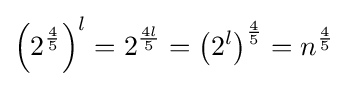
\left(2^{\frac {4}{5}}\right)^{l}=2^{\frac {4l}{5}}=\left(2^{l}\right)^{\frac {4}{5}}=n^{\frac {4}{5}}